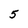
Character: 5